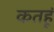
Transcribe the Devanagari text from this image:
कतहूं